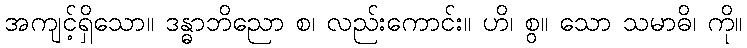
အကျင့်ရှိသော။ ဒန္ဓာဘိညော စ၊ လည်းကောင်း။ ဟိ၊ စွ။ သော သမာဓိ၊ ကို။